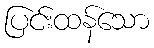
ပြင်းထန်သော